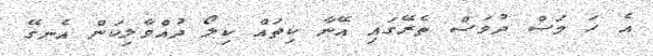
އެ ހަ މަސް ދުވަސް ތެރޭގައި އޭނާ ކިތައް ކިލޯ ދުއްވާލިކަން އެނގޭ